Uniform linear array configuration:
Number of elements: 12
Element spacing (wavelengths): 0.25
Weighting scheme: uniform
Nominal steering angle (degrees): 60
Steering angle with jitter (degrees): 58.642
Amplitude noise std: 0.05
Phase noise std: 0.05

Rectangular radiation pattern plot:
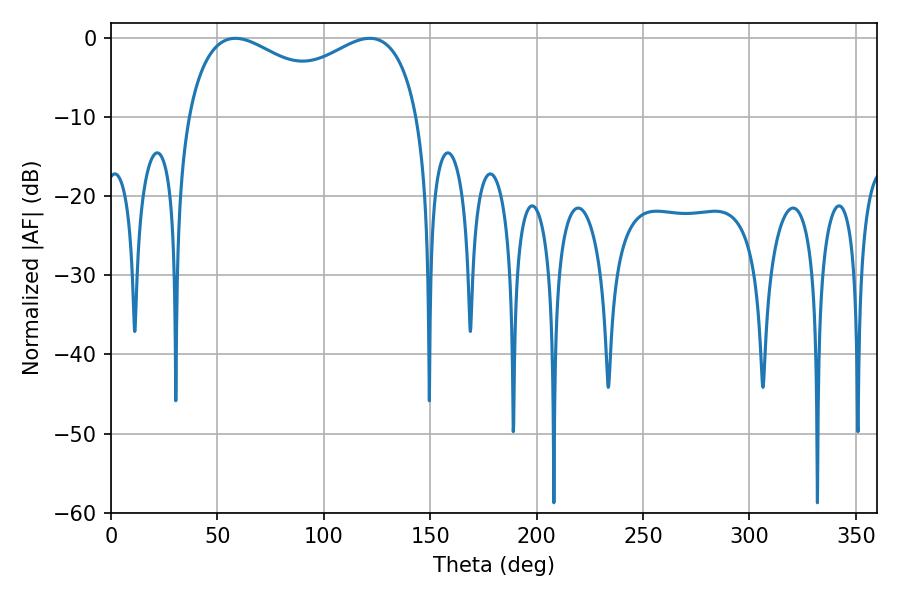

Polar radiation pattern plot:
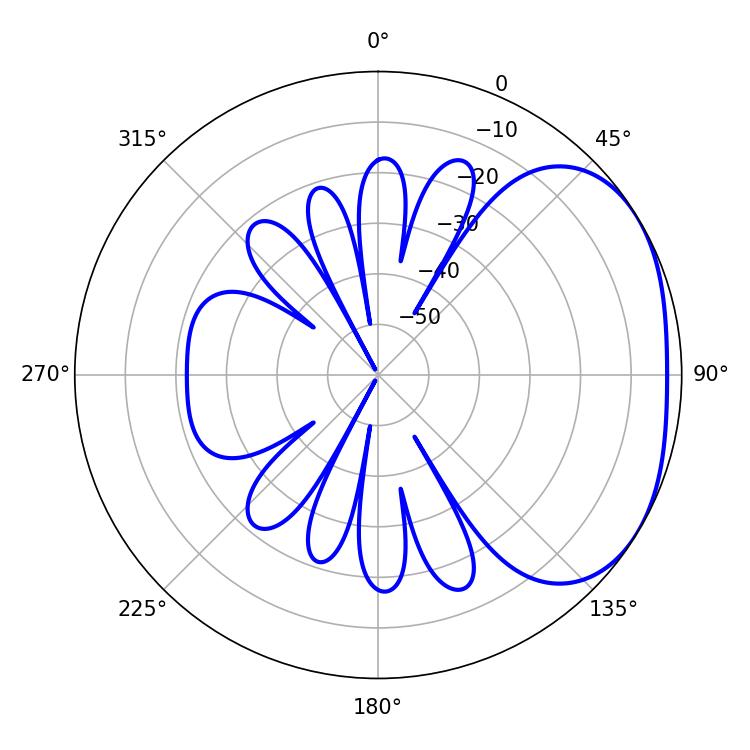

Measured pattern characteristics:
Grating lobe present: FALSE
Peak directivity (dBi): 2.515
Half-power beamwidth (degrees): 90.72
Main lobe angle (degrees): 58.5